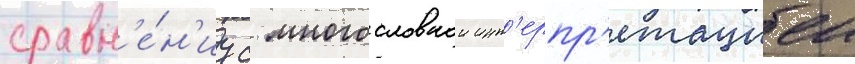
сравн'е́н'иу с многословнои инт'ерпр'етациеи